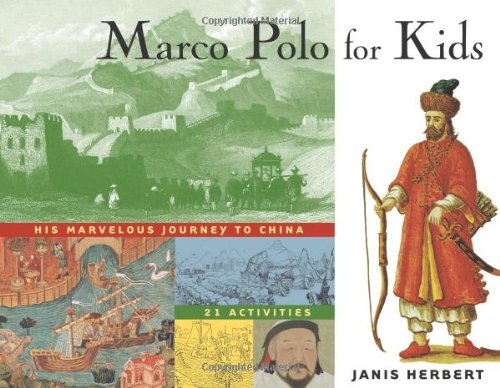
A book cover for Marco Polo for Kids: His Marvelous Journey to China, 21 Activities (For Kids series); Janis Herbert; Children's Books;